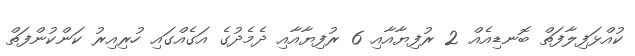
ކުއްޅަފިލާފަތް ބޮނޑިއެއް 2 ރުފިޔާއާއި 6 ރުފިޔާއާއި ދެމެދުގެ އަގެއްގައި ހުރިއިރު ކަންކުންފަތް